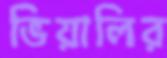
ভিয়ালির